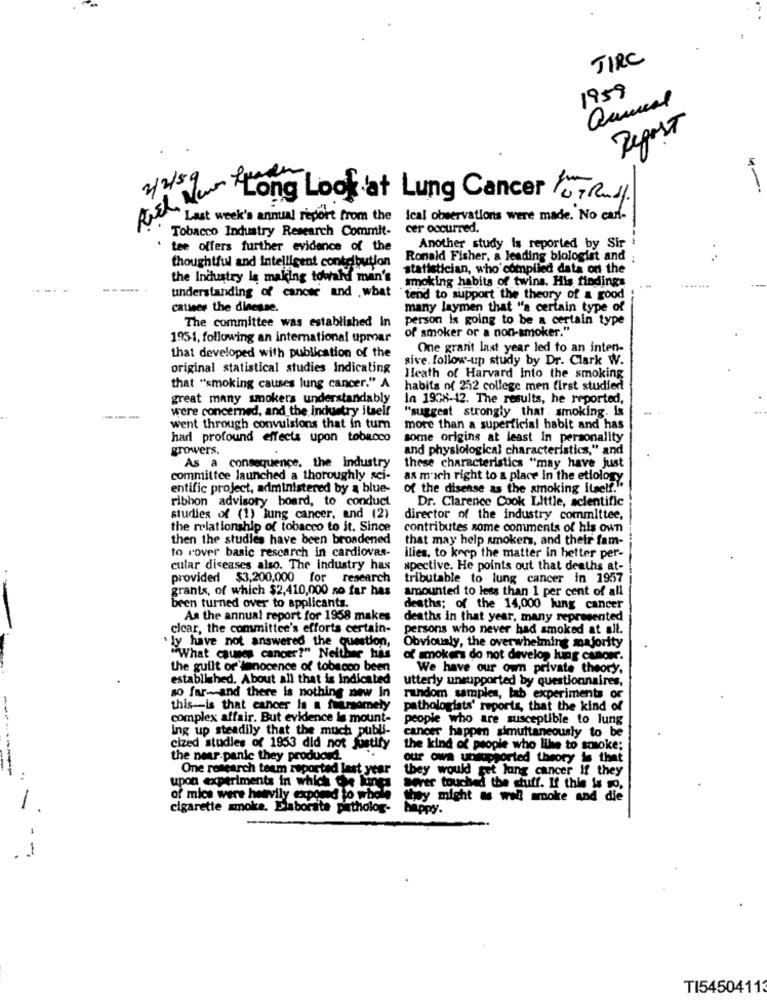
JIRC
1959
Report
2/2/59
4-
ist Nur Long Look at Lung Cancer Yo, Rudy.
"Last week's annual report from the ical observations were made. No can-
Tobacco Industry Research Commit- cer occurred.
tee offers further evidence of the
Another study is reported by Sir
Ronald Fisher, a leading biologist and
thoughtful and Intelligent contribution
statistician, who compiled data on the
the Industry Is making towahd man's
smoking habits of twins. His findings
----
understanding of cancer and .what
tend to support the theory of a good
causes the dinesse.
many laymen that "a certain type of
The committee was established in
person is going to be a certain type
of smoker or a non-smoker."
195-1, following an international upmar
One grant last year led to an inten-
that developed with publication of the
sive. follow-up study by Dr. Clark W.
original statistical studies Indicating
Heath of Harvard Into the smoking
that "smoking causes lung cancer." A
habits of 252 college men first studied
great many smokers understandably
In 1938-12. The results, he reported,
were concerned, and the industry itself
"suggest strongly that . smoking. is
went through convulsions that in turn
more than a superficial habit and has
har profound effects upon tobacco
some origins at least in personality
growers.
and physiological characteristics," and
As a consequence, the industry
these characteristics "may have just
committee launched a thoroughly sci-
as mich right to a place in the etiology
entific project, administered by a blue-
of the disease as the smoking itself.".
ribbon advisory board, to conduct
Dr. Clarence Cook Little, scientific
studies of (1) lung cancer, and (2)
director of the industry committee,
the relationship of tobacco to it. Since
contributes some comments of his own
then the studies have been broadened
that may help smokers, and their fam-
to rover basic rescarch in cardiovas-
ilies. to keep the matter in hetter per-
cular diseases also. The industry has
spective. He points out that deaths at-
provided $3,200,000 for research
tributable to lung cancer in 1957
grants, of which $2,410,000 so far has
amounted to less than 1 per cent of all
been turned over to applicants.
deaths; of the 14,000 lung cancer
As the annual report for 1958 makes
deaths in that year, many represented
clear, the committee's efforts certain-
persons who never had smoked at all.
ly have not answered the question,
Obviously, the overwhelming majority
"What causes cancer?" Neither his
of smokers do not develop lung cancer.
the guilt of innocence of tobacco been
We have our oum private theory.
established. About all that is indicated
utterly unsupported by questionnaires,
so far-and there is nothing new In
random samples, lab experiments or
this-is that cancer is a fearsomely
pathologists' reports, that the kind of
complex affair. But evidence la mount-
people who are susceptible to lung
ing up steadily that the much publi-
cancer happen simultaneously to be
cized studies of 1953 did not Justify
the kind of people who like to smoke;
the near.panic they produced.
our own unsupported theory is that
One research toum reported last year
they would get lung cancer if they
..
upon experiments in which Che kines
Beer touched the stuff. If this is co.
-
of mice were heavily exposed to whole they might as well smoke and die
cigarette smoke, Elaborate patholog-
happy.
--
TI54504113